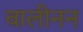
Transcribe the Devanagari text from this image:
वालीनन